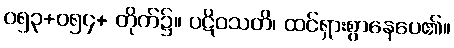
၀၅၃+၀၅၄+ တိုက်၌။ ပဋိဝသတိ၊ ထင်ရှားစွာနေပေ၏။